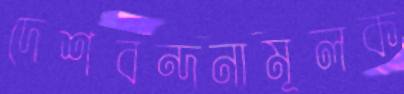
দেশবন্দনামূলক